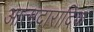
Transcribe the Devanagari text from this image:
आत्मदारादिकं